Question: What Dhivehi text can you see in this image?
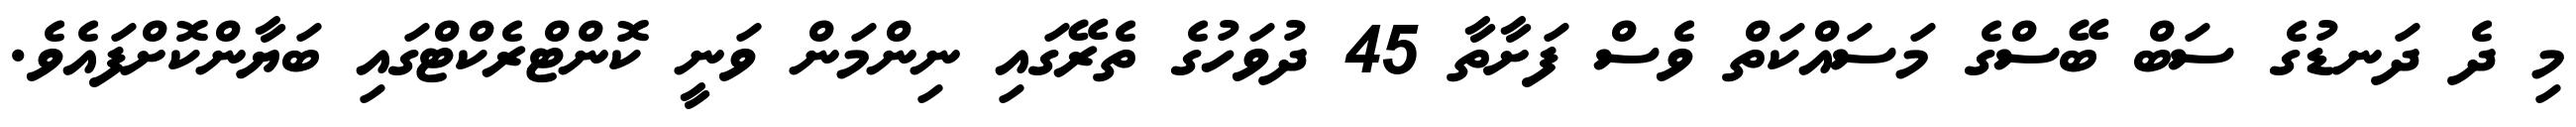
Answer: މި ދެ ދަނޑުގެ ސަބް ބޭސްގެ މަސައްކަތް ވެސް ފަށާތާ 45 ދުވަހުގެ ތެރޭގައި ނިންމަން ވަނީ ކޮންޓްރެކްޓްގައި ބަޔާންކޮށްފައެވެ.